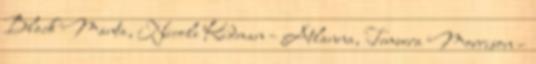
Black Manta, Nicole Kidman – Atlanna, Temuera Morrison –